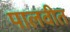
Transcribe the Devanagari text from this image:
पालवीत